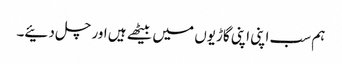
ہم سب اپنی اپنی گاڑیوں میں بیٹھے ہیں اور چل دئیے۔